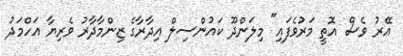
އޭރު ވެސް އޮތީ މަރުވެފައި" މިލަންދޫ ކައުންސިލް އިދާރާގެ ޒިންމާދާރު ވެރިޔާ އަހްމަދު